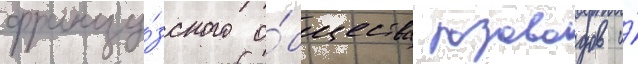
францу́зского о́бщества розоводов и́